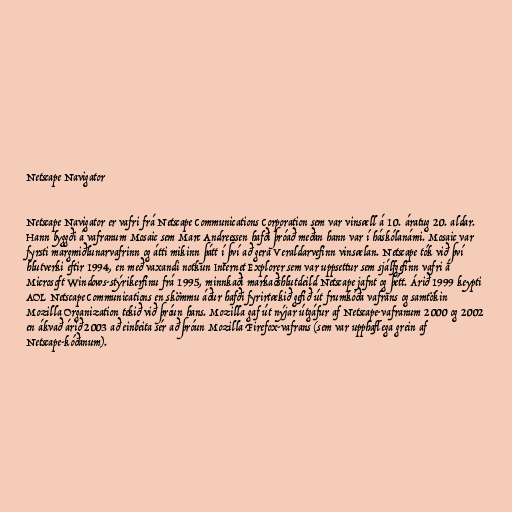
Netscape Navigator

Netscape Navigator er vafri frá Netscape Communications Corporation sem var vinsæll á 10. áratug 20. aldar.
Hann byggði á vafranum Mosaic sem Marc Andreessen hafði þróað meðan hann var í háskólanámi. Mosaic var
fyrsti margmiðlunarvafrinn og átti mikinn þátt í því að gera Veraldarvefinn vinsælan. Netscape tók við því
hlutverki eftir 1994, en með vaxandi notkun Internet Explorer sem var uppsettur sem sjálfgefinn vafri á
Microsoft Windows-stýrikerfinu frá 1995, minnkaði markaðshlutdeild Netscape jafnt og þétt. Árið 1999 keypti
AOL Netscape Communications en skömmu áður hafði fyrirtækið gefið út frumkóða vafrans og samtökin
Mozilla Organization tekið við þróun hans. Mozilla gaf út nýjar útgáfur af Netscape-vafranum 2000 og 2002
en ákvað árið 2003 að einbeita sér að þróun Mozilla Firefox-vafrans (sem var upphaflega grein af
Netscape-kóðanum).